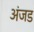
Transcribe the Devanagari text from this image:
अंजड